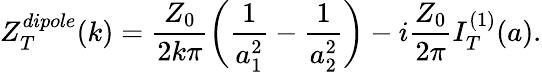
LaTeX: Z_{T}^{dipole}(k)=\frac{Z_{0}}{2k\pi}{\biggl(}\frac{1}{a_{1}^{2}}-\frac{1}{a_{2}^{2}}{\biggl)}-i\frac{Z_{0}}{2\pi}I_{T}^{(1)}(a).